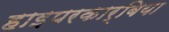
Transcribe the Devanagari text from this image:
हाइपरकार्बिया